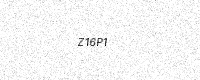
Text: Z16P1